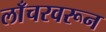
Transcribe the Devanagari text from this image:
लाँचरवरून